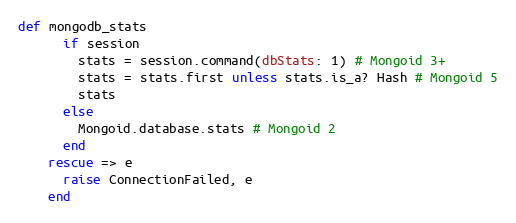
Language: Ruby
def mongodb_stats
      if session
        stats = session.command(dbStats: 1) # Mongoid 3+
        stats = stats.first unless stats.is_a? Hash # Mongoid 5
        stats
      else
        Mongoid.database.stats # Mongoid 2
      end
    rescue => e
      raise ConnectionFailed, e
    end